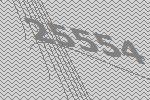
25554